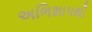
અભિશાપથી